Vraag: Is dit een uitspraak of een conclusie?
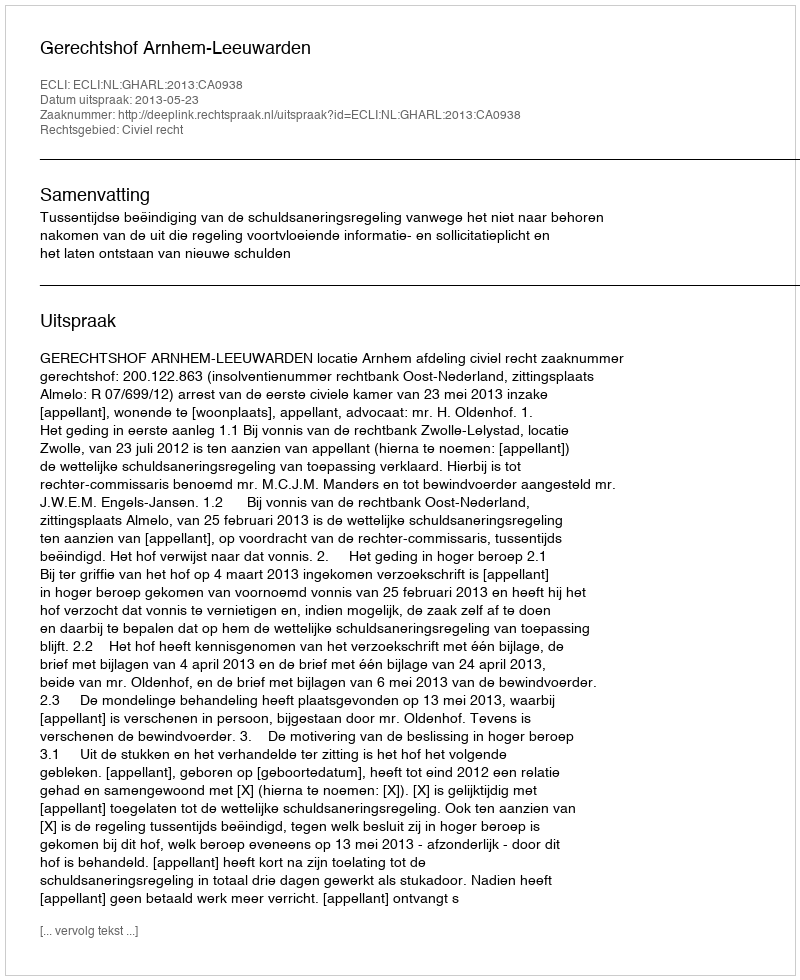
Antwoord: Uitspraak